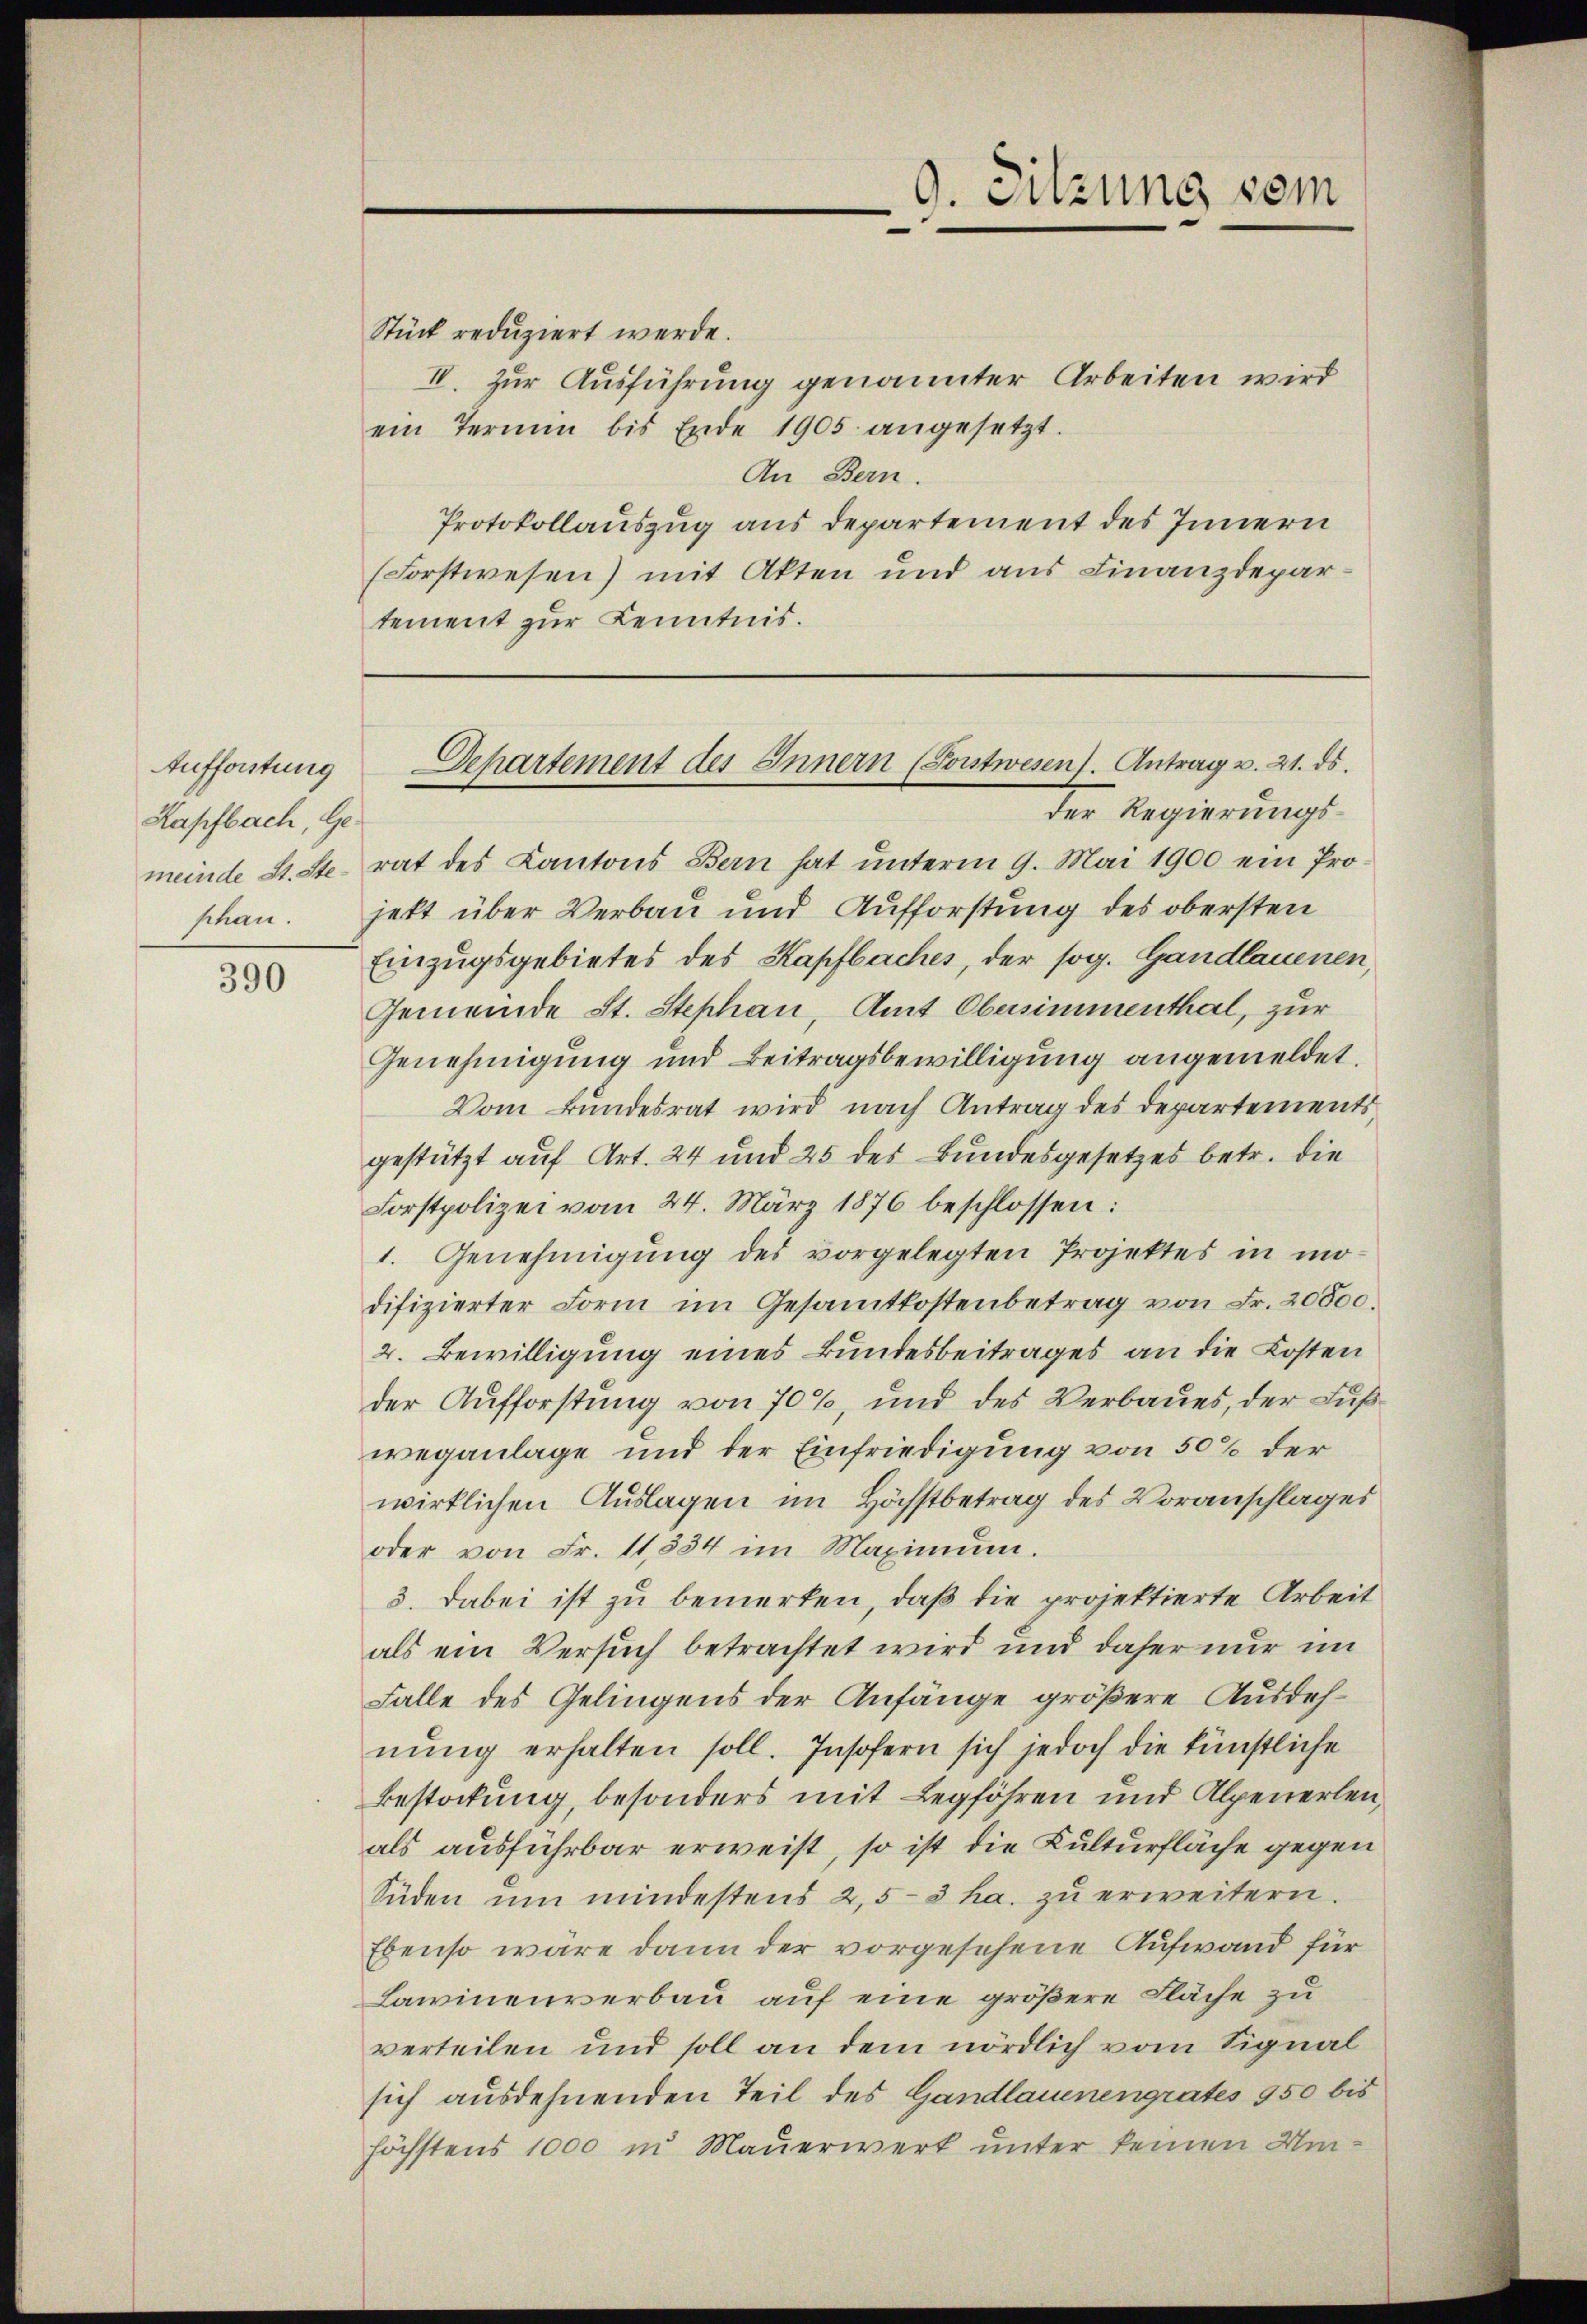
Aufforstung
Kapfbach, Ge-
shan.

390

Stück reduziert werde.
IV. Zur Ausführung genannter Arbeiten wird
ein Termin bis Ende 1905 angesetzt.
An Bern.
Protokollauszug aus Departement des Innern
(Forstwesen) mit Akten und aus Finanzdepartement zur Kenntnis.

9. Sitzung vom
¬

der Regierungsmeinde St. Ste- rat des Kantons Bern hat ŭnterm 9. Mai 1900 ein Pro-
jett über Verbau und Aufforstung des obersten
Einzugsgebietes des Kapfbaches, der sog. Gandlauenen,
Gemeinde St. Stephan, Amt Obersimmenthal, zur
Genehmigung und Beitragsbewilligung angemeldet.
Vom Bundesrat wird nach Antrag des Departementsgestützt auf Art. 24 und 25 des Bundesgesetzes betr. die
Forstpolizei vom 24. März 1876 beschlossen:
1. Genehmigŭng des vorgelegten Projektes in mo-
difizierter Form im Gesamtkostenbetrag von Fr. 20000.
2. Bewilligung eines Bundesbeitrages an die Kosten
der Aufforstung von 70%, und des Verbaues, der Fuß
weganlage und der Einfriedigung von 50% der
wirklichen Auslagen im Höchstbetrag des Voranschlages
oder von Fr. 11854 im Maximum.
3. dabei ist zu bemerken, daß die projektierte Arbeit
als ein Versuch betrachtet wird und daher nur im
Falle des Gelingens der Anfänge größere Ausdehnŭng erhalten soll. Insofern sich jedoch die künstliche
Bestockung, besonders mit Legföhren und Alpenerlen,
als ausführbar erweist, so ist die Kulturfläche gegen
Süden ŭm mindestens 2,5-3 ha. zŭ erweitern.
Ebenso wäre dann der vorgesehene Aufwand für
Lawinenverbau auf eine größere Fläche zu
verteilen und soll an dem nördlich vom Signal
sich ausdehnenden Teil des Gandlauenengrates 950 bis
höchstens 1000 in Mauerwerk unter keinen Um-

Departement des Innern (Sonstwesen). Antrag v. 21. ds.